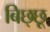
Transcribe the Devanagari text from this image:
बिछ्छू